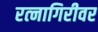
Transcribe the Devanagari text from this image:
रत्‍नागिरीवर